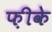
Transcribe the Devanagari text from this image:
फ़ीके